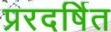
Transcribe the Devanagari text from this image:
प्ररदर्षित